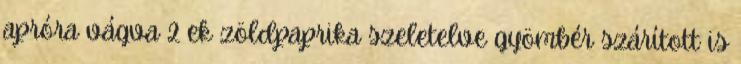
apróra vágva 2 ek zöldpaprika szeletelve gyömbér szárított is